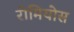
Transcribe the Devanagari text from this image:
रोमियोस